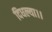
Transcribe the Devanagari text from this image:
दिधल्या।।